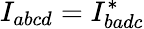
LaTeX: {I_{abcd}=I_{badc}^{*}}